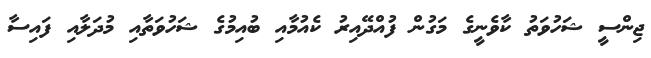
ޖިންސީ ޝަހުވަތު ކާވެނީގެ މަގުން ފުއްދޭއިރު ކެއުމާއި ބުއިމުގެ ޝަހުވަތާއި މުދަލާއި ފައިސާ